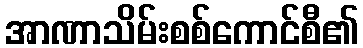
အာဏာသိမ်းစစ်ကောင်စီ၏